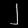
Digit: ၂